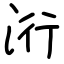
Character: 洐